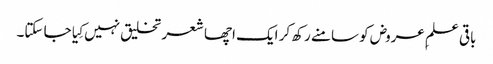
باقی علمِ عروض کو سامنے رکھ کر ایک اچھا شعر تخلیق نہیں کِیا جا سکتا۔